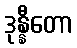
ဒုန္နီတော